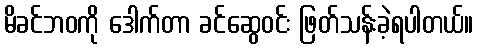
မိခင်ဘဝကို ဒေါက်တာ ခင်ဆွေဝင်း ဖြတ်သန်းခဲ့ရပါတယ်။